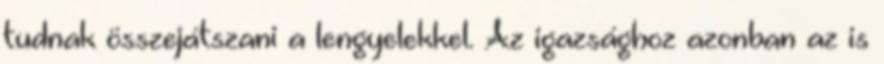
tudnak összejátszani a lengyelekkel. Az igazsághoz azonban az is